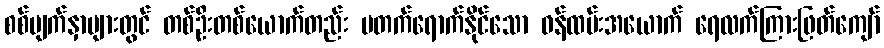
စစ်မျက်နှာများတွင် တစ်ဦးတစ်ယောက်တည်း မတက်ရောက်နိုင်သော ဝန်ထမ်းအယောက် ရေလက်ကြားဖြတ်ကျော်